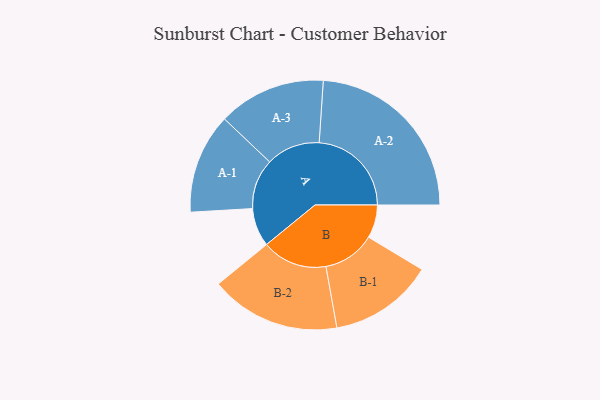
{"axis": {"x": "Segment", "y": "Value"}, "legend": ["", "A", "B"], "data": [{"x": "A", "y": 125, "type": ""}, {"x": "B", "y": 108, "type": ""}, {"x": "A-1", "y": 163, "type": "A"}, {"x": "A-2", "y": 300, "type": "A"}, {"x": "A-3", "y": 175, "type": "A"}, {"x": "B-1", "y": 170, "type": "B"}, {"x": "B-2", "y": 212, "type": "B"}]}